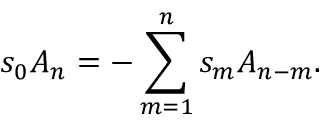
s _ { 0 } A _ { n } = - \sum _ { m = 1 } ^ { n } s _ { m } A _ { n - m } .